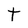
Character: t